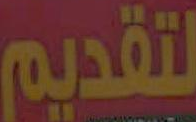
لتقديم